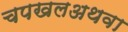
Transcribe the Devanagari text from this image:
चपखलअथवा